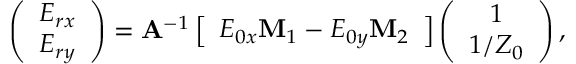
\left( \begin{array} { c } { E _ { r x } } \\ { E _ { r y } } \end{array} \right) = \mathbf A ^ { - 1 } \left[ \begin{array} { c c } { E _ { 0 x } \mathbf M _ { 1 } - E _ { 0 y } \mathbf M _ { 2 } } \end{array} \right] \left( \begin{array} { c } { 1 } \\ { 1 / Z _ { 0 } } \end{array} \right) ,